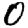
Digit: 0